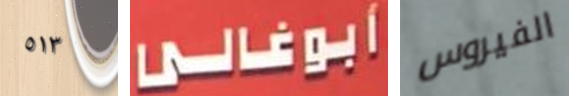
٥١٣ أبوغالى الفيروس